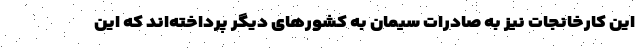
این کارخانجات نیز به صادرات سیمان به کشورهای دیگر پرداخته‌اند که این